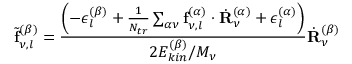
\tilde { \mathbf { f } } _ { \nu , l } ^ { ( \beta ) } = \frac { \left( - \epsilon _ { l } ^ { ( \beta ) } + \frac { 1 } { N _ { t r } } \sum _ { \alpha \nu } \mathbf { f } _ { \nu , l } ^ { ( \alpha ) } \cdot \dot { \mathbf { R } } _ { \nu } ^ { ( \alpha ) } + \epsilon _ { l } ^ { ( \alpha ) } \right) } { 2 E _ { k i n } ^ { ( \beta ) } / M _ { \nu } } \dot { \mathbf { R } } _ { \nu } ^ { ( \beta ) }